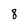
Character: 8